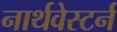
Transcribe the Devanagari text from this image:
नार्थवेस्टर्न